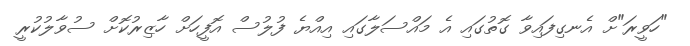
"ހަވީރަ"ށް އެނގިފައިވާ ގޮތުގައި އެ މައްސަލާގައި އިއްޔެ ފުލުސް އޮފީހަށް ހާޒިރުކޮށް ސުވާލުކުރީ